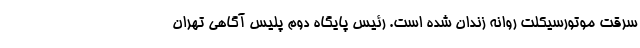
سرقت موتورسیکلت روانه زندان شده است. رئیس پایگاه دوم پلیس آگاهی تهران